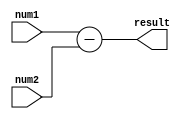
module subtractor(
   input wire [7:0] num1,
   input wire [7:0] num2,
   output reg [7:0] result
);

always @(*) begin
   result = num1 - num2;
end

endmodule